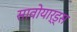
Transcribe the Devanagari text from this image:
सावोयार्ड्स